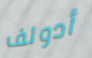
أدولف